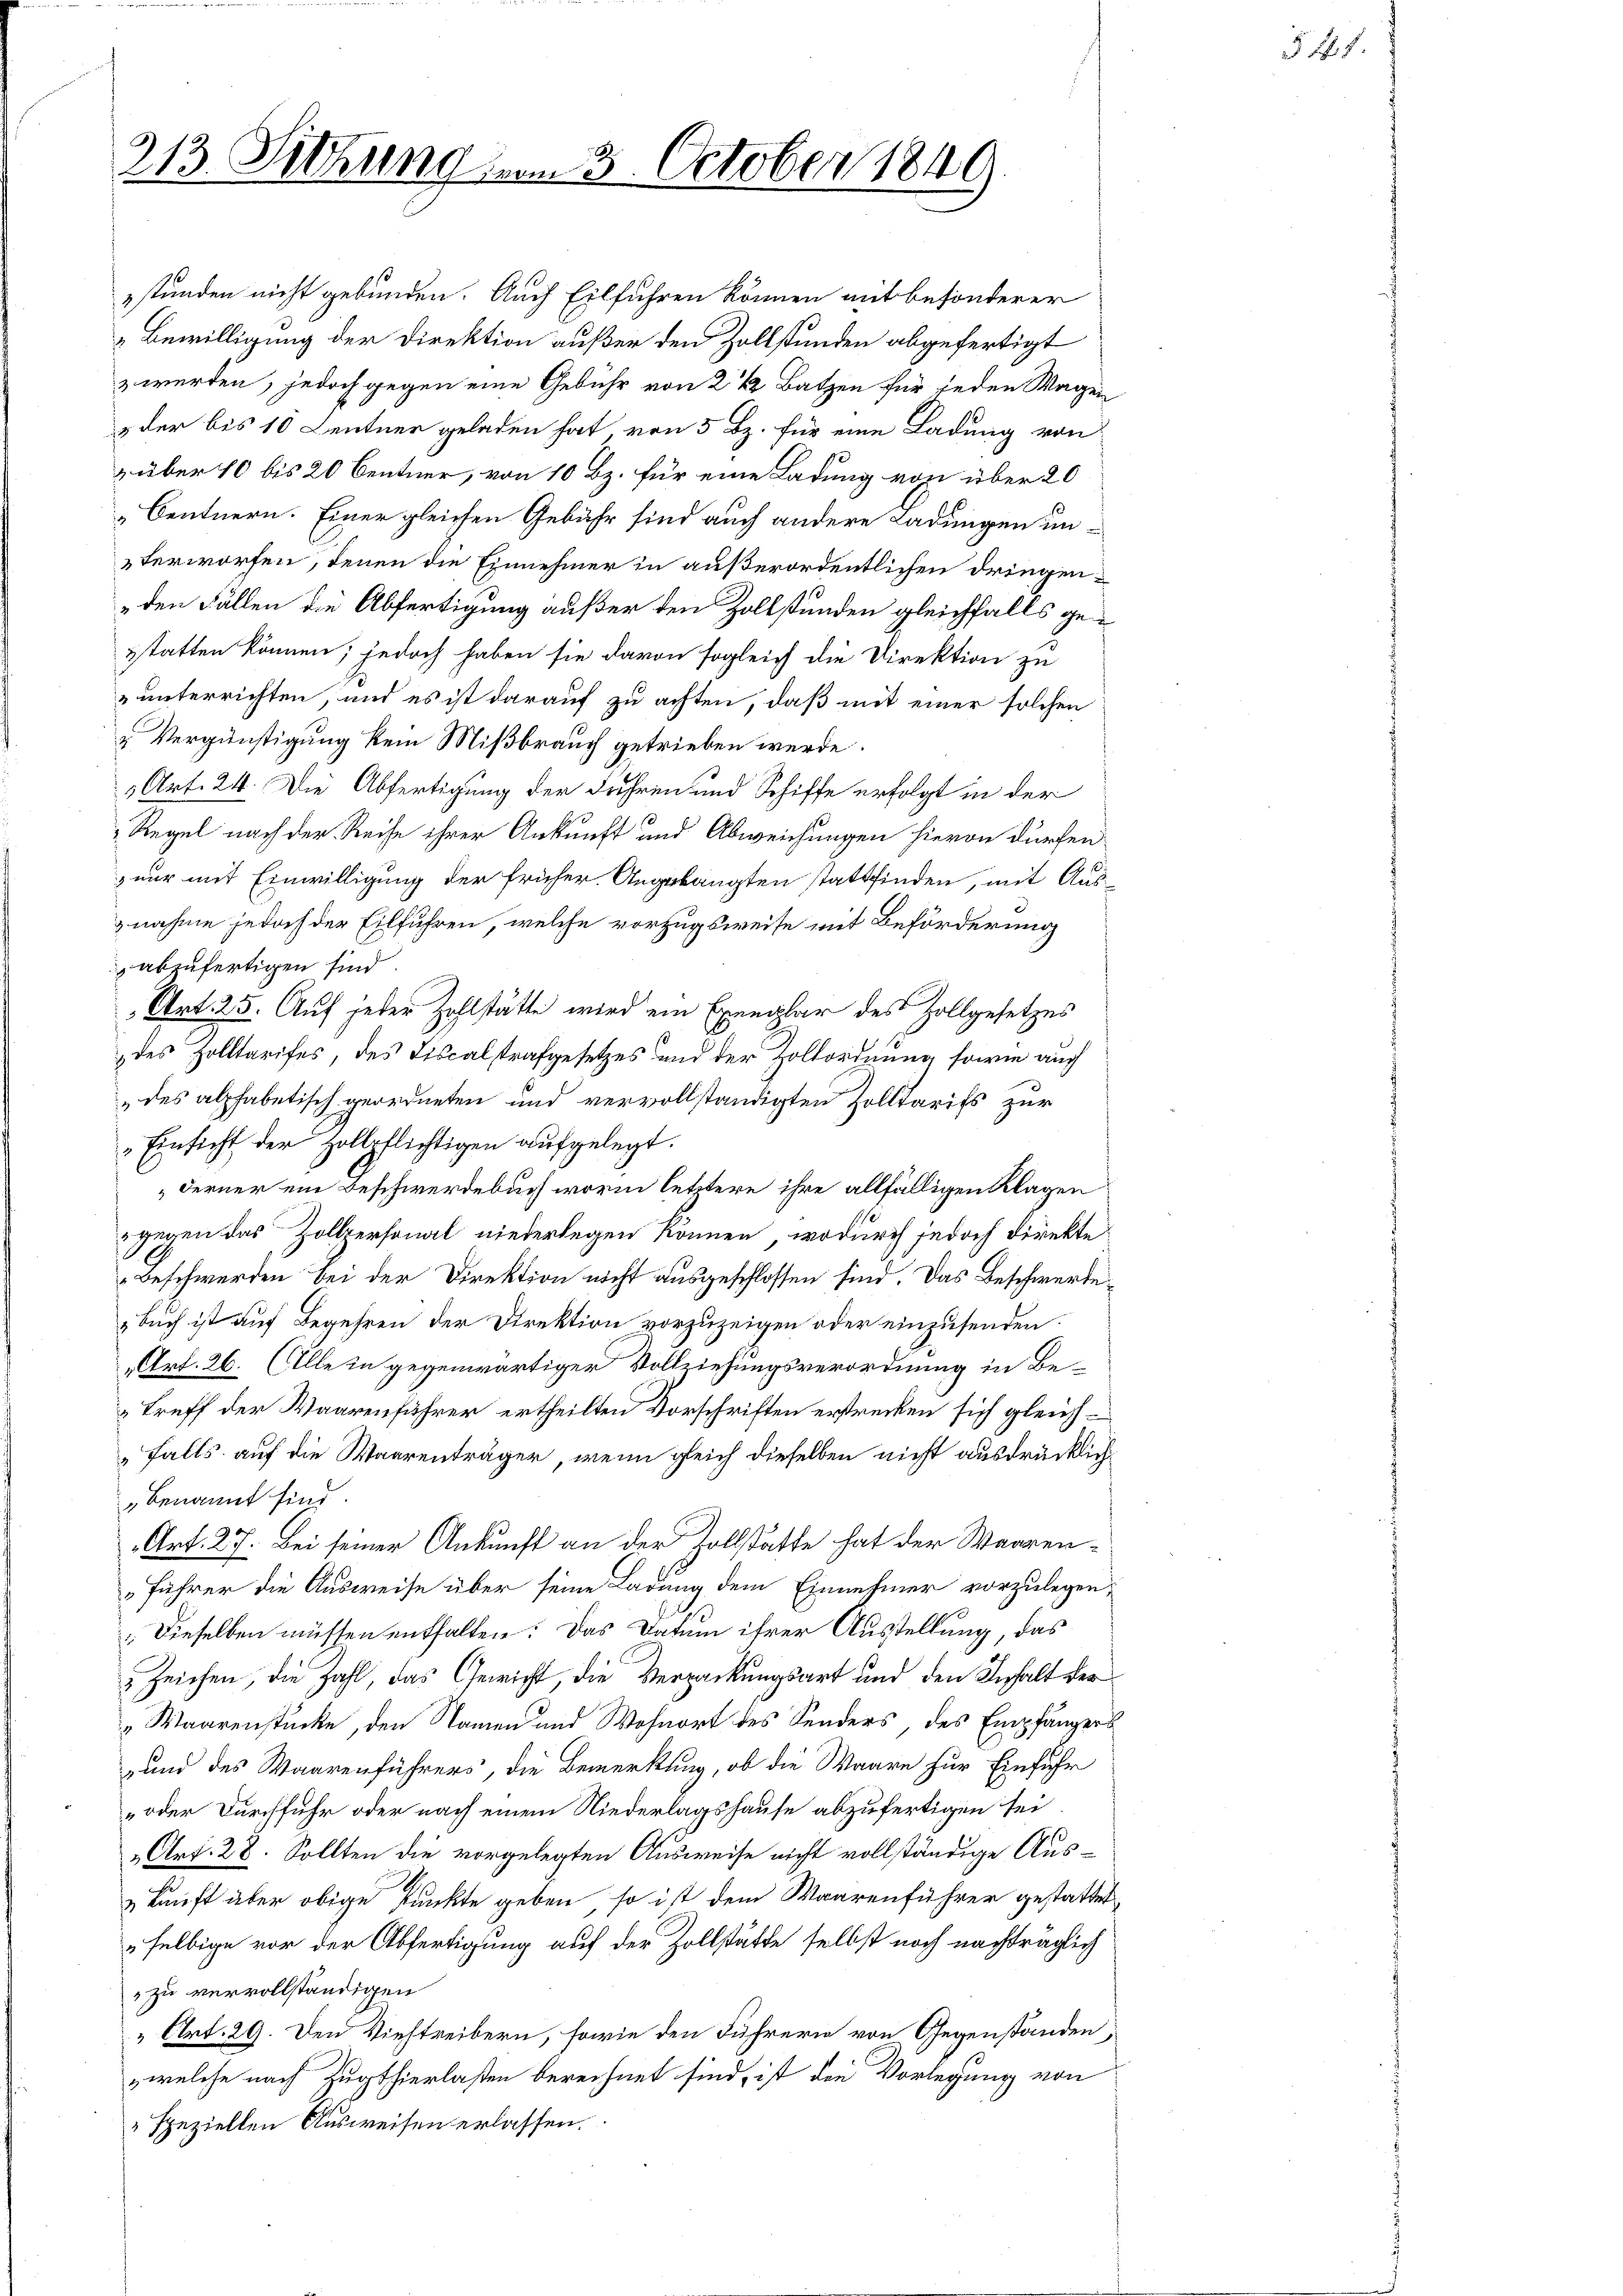
213. Sitzung um 3. October 1849.

Bewilligung der Direktion außer den Zollstunden abgefertigt
z werden, jedoch gegen eine Gebühr von 2 1/2 Batzen für jeden Wagen
& der bis 10 Lentner geladen hat von 5 Bz. für eine Ladung von
 über 10 bis 20 Centner, von 10 Bz. für eine Ladung von über 20
„Centnern. Einer gleichen Gebühr sind auch andere Ladungen unterworfen, denen die Einnehmer in außerordentlichen Dringen¬
„den Fällen die Abfertigung außer den Zollstunden gleichfalls gesstatten können; jedoch haben sie davon sogleich die Direktion zu
unterrichten, und es ist darauf zu achten, daß mit einer solchen
" Vergünstigung kein Mißbrauch getrieben werde.
1 Art. 24. Die Abfertigung der Jahren und Schiffe erfolgt in der
Regel nach der Reise ihrer Ankunft und Abweichungen hievon dürfen
nur mit Einwilligung der früher Angelangten stattfinden, mit Ausnahme jedoch der Eilführen, welche vorzugsweise mit Beförderung
abzufertigen sind.
Art. 25. Auf jeder Zohlstätte wird ein Exemplar des Zollgesetzes
des Zolltarifes, des Tiscalstrafgesetzes und der Zollordnung sowie auch
„des alphabetisch geordneten und vervollständigten Zolltarifs zur
Einsicht der Hollpflichtigen aufgelegt.
Ferner ein Beschwerdebuch worin letztere ihre allfälligen Klagen
gegen das Zollpersonal niederlegen können, wodurch jedoch direkte
Beschwerden bei der Direktion nicht ausgeschlossen sind. Das Beschwerde¬
„Buch ist auf Begehren der Direktion vorzuzeigen oder einzusenden.
„Art. 26. (Alle in gegenwärtiger Vollziehungsverordnung in Be¬
Treff der Waarenführer ertheilten Vorschriften erstrecken sich gleichfalls auf die Waarenträger, wenn gleich dieselben nicht ausdrücklichbenannt sind.
Art. 27. Bei seiner Ankunft an der Zollstätte hat der Waaren¬
„Führer die Ausweise über seine Ladung dem Einnehmer vorzulegen,
Dieselben müssen enthalten: Das Datum ihrer Ausstellung, das
 Zeichen, die Zahl, das Gewicht, die Verpackungsart und den Inhalt der
„Waarenstücke, den Namen und Wohnort des Sonders des Empfängers
und des Waarenführers, die Bemerkung, ob die Waare zur Einfuhr
„oder Durchfuhr oder nach einem Niederlagshause abzufertigen sei
„Art. 28. Sollten die vorgelegten Ausweise nicht vollständige Auskunft aber obige Punkte geben, so ist dem Waarenführer gestattet
„selbige vor der Abfertigung auf der Zollstätte selbst noch nachträglich
" zu vervollständigen
Art. 29. Den Viehtreibern, sowie den Führern von Gegenständen,
welche nach Zugthierlasten berechnet sind, ist den Vorlegung von
speziellen Ausweisen erlassen.

stunden nicht gebunden. Auch Eilführen können mit besonderer

§ 4.